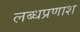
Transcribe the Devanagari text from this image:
लब्धप्रणाश